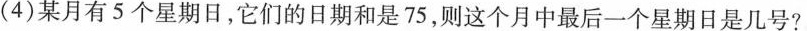
(4)某月有5个星期日，它们的日期和是75，则这个月中最后一个星期日是几号?